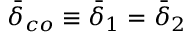
\bar { \delta } _ { c o } \equiv \bar { \delta } _ { 1 } = \bar { \delta } _ { 2 }